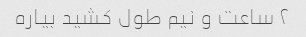
۲ ساعت و نیم طول کشید بیاره